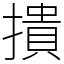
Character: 撌